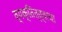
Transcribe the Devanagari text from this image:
व्यक्तित्त्वाचा